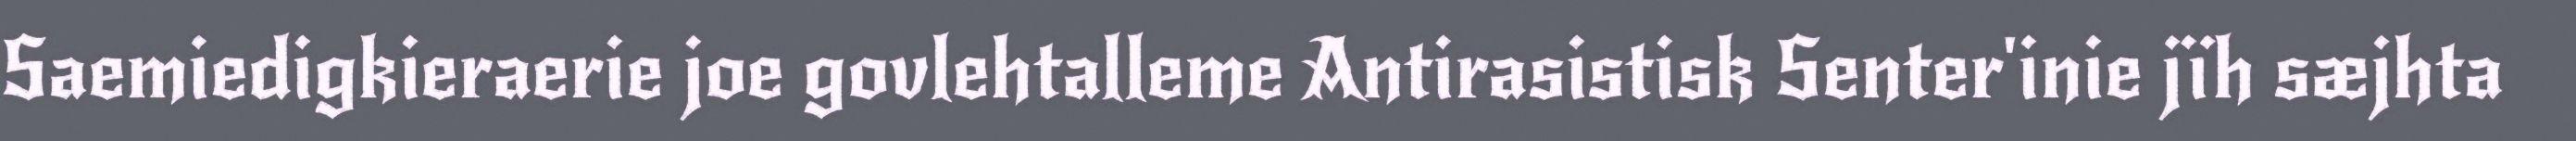
Saemiedigkieraerie joe govlehtalleme Antirasistisk Senter'inie jïh sæjhta